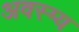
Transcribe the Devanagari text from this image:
अवस्ग्य